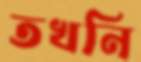
তখনি